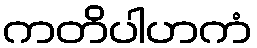
ကတိပါဟကံ